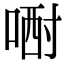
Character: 𠷻